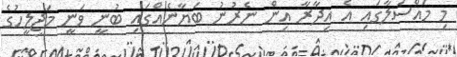
މި މައްސަލާގައި އެ އިދާރާ އިން ނެރުނު ބަޔާނެއްގައި ބުނީ ވަނީ މަޖިލީހުގެ